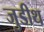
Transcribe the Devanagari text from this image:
जुडीथ